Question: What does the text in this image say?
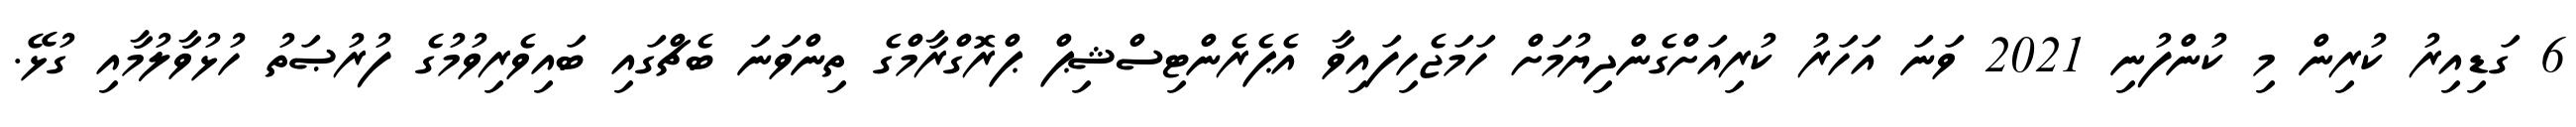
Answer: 6 ގަޑިއިރު ކުރިން މި ކުންފުނި 2021 ވަނަ އަހަރު ކުރިއަށްގެންދިޔުމަށް ހަމަޖެހިފައިވާ އެޕެރެންޓިސްޝިޕް ޕްރޮގްރާމްގެ ތިންވަނަ ބެޗްގައި ބައިވެރިވުމުގެ ފުރުޞަތު ހުޅުވާލުމާއި ގުޅޭ.